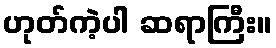
ဟုတ်ကဲ့ပါ ဆရာကြီး။